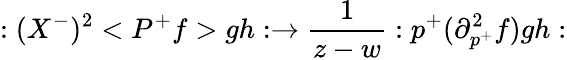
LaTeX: :(X^{-})^{2}<P^{+}f>gh:\rightarrow\frac 1{z-w}:p^{+}(\partial_{p^{+}}^{2}f)gh: